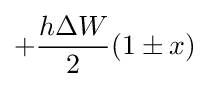
+{\frac {h\Delta W}{2}}(1\pm x)